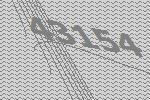
43154